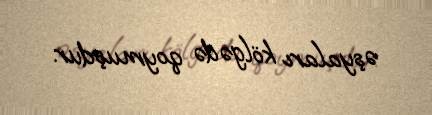
əşyaları kölgədə qoymuşdur.